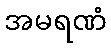
အမရဏံ